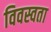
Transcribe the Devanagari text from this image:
विवस्वता